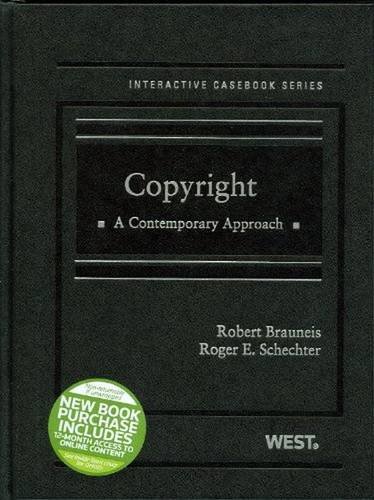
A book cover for Copyright (Interactive Casebook Series); Robert Brauneis; Law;